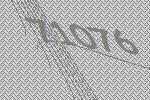
71076